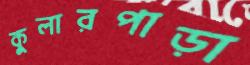
কুলারপাড়া